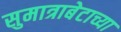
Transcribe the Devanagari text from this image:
सुमात्राबेटाच्या